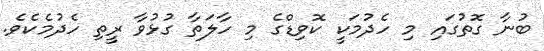
ބުނާ ގޮތުގައި މި ހެދުމަކީ ކޮވިޑްގެ މި ހާލަތާ ގުޅުވާ ރީތި ހެދުމެކެވެ.